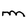
Character: m